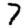
Digit: 7